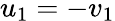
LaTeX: u_{1}=-v_{1}